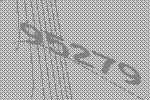
95279